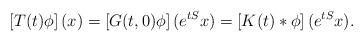
LaTeX: \begin{align*} \left[T(t)\phi\right](x) = \left[G(t,0)\phi\right](e^{tS}x) = \left[K(t)*\phi\right](e^{tS}x). \end{align*}